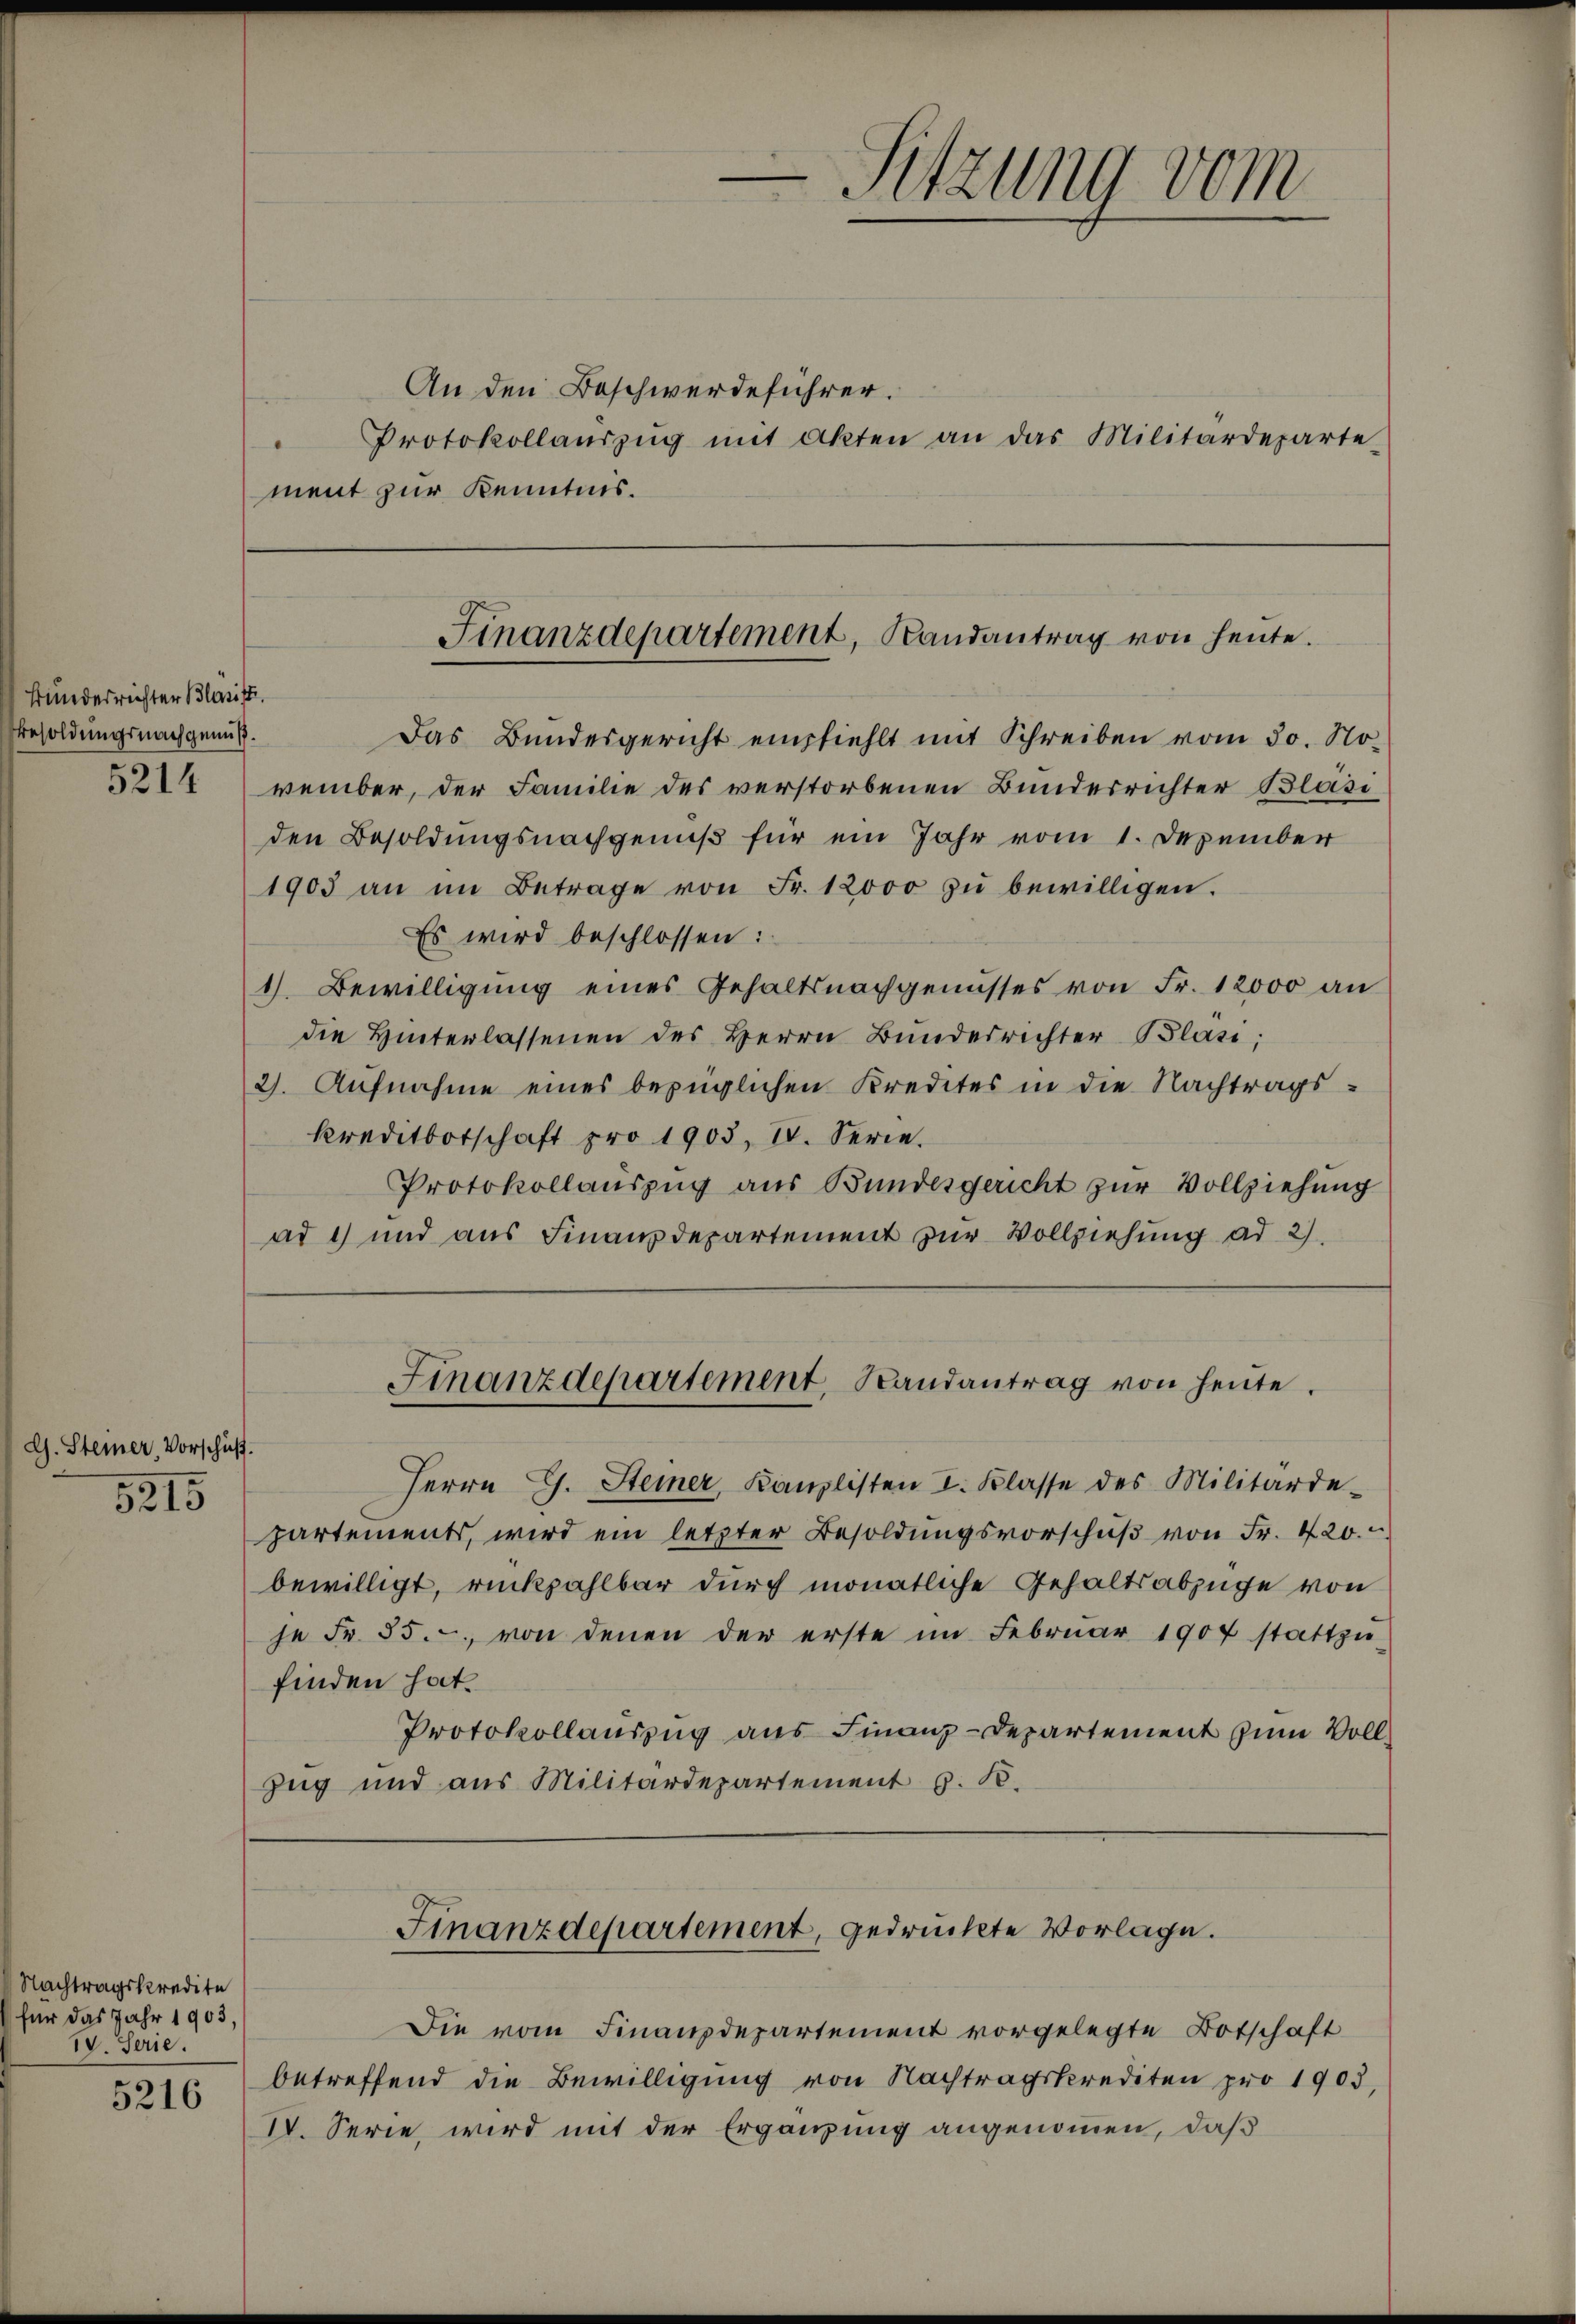
Bundesrichter Bläsift.
Besoldungsnachgenuß.

G. Steiner, Vorschuß.

5215

Nachtragskredite
für das Jahr 1903,
IV. Serie.

5216

An den Beschwerdeführer.
Protokollaŭszŭg mit Akten an das Militärdeparte-
ment zur Kenntnis.

Sitzung vom

Finanzdepartement, Randantrag von heute.

Das Bundesgericht empfiehlt mit Schreiben vom 30. No-
214) vember, der Familie des verstorbenen Bunderrichter Bläsi
den Besoldungsnachgenuß für ein Jahr vom 1. Dezember
1903 an im Betrage von Fr. 12000 zŭ bewilligen.
Es wird beschlossen:
1). Bewilligŭng eines Gehaltsnachgenusses von Fr. 12000 an
die Hinterlassenen des Herrn Bŭndesrichter Bläsi;
2). Aufnahme eines bezüglichen Kredites in die Nachtrags-
Kreditbotschaft pro 1903, IV. Serie.
Protokollauszug aus Bundesgericht zŭr Vollziehung
ad 1) und aŭs Finanzdepartement zŭr Vollziehung ad 2.

Finanzdepartement, Randantrag von heute.

Finanzdepartement, gedrückte Vorlage.

Herrn G. Steiner, Kanzlisten I. Klasse des Militärde-
partements, wird ein letzter Besoldŭngsvorschŭβ von Fr. 420.
bewilligt, rückzahlbar durch monatliche Gehaltsabzüge von
je Fr. 35. von denen der erste im Febrŭar 1907 stattzu-
finden hat.
Protokollauszug aus Finanz-Departement zum Voll¬
Zug und aus Militärdepartement z. B.

Die vom Finanzdepartement vorgelegte Botschaft
betreffend die Bewilligung von Nachtragskrediten pro 1903,
IV. Serie, wird mit der Ergänzung angenommen, daß